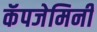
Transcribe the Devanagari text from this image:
कॅपजेमिनी